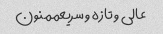
عالی و تازه و سریعممنون